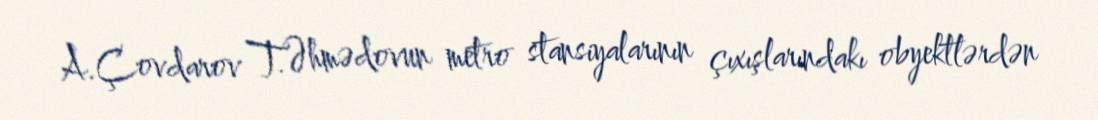
A.Çovdarov T.Əhmədovun metro stansiyalarının çıxışlarındakı obyektlərdən